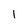
Character: 1